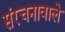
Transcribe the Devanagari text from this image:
संरचनावाले